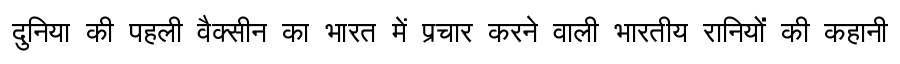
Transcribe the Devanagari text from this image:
दुनिया की पहली वैक्सीन का भारत में प्रचार करने वाली भारतीय रानियों की कहानी